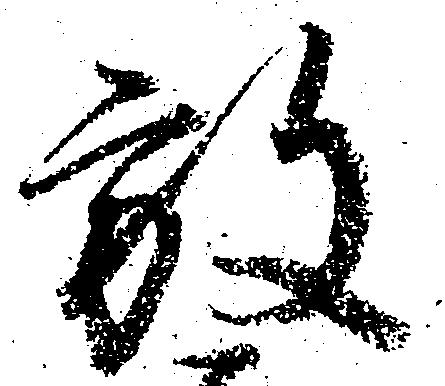
放